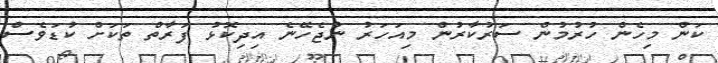
ކަން މިހެން ހުރުމުން ސަރުކާރުން މިއަހަރު ނުޖެހޭނެ އިދިކޮޅު ފަރާތް ތަކަށް ކުޑަވެސް